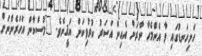
ހަށިގަނޑުގައި ވާ އެންމެހާ ނާރަށް އެއިން އަސަރު ކުރުވިކަން ޔަޤީނެވެ. "މުސްކާން އަހަރެންނަށް